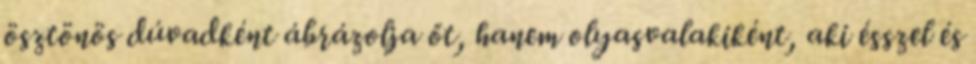
ösztönös dúvadként ábrázolja őt, hanem olyasvalakiként, aki ésszel és